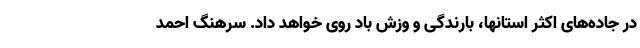
در جاده‌های اکثر استانها، بارندگی و وزش باد روی خواهد داد. سرهنگ احمد